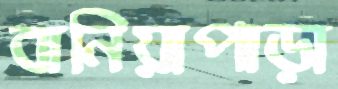
বানিয়াপাড়া